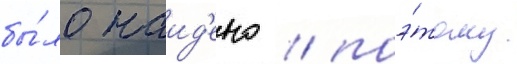
бы́ло наид'ено / поэ́тому